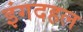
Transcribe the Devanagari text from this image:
इंगदहल